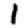
Digit: 1